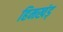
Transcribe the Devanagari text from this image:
हिमखंड़